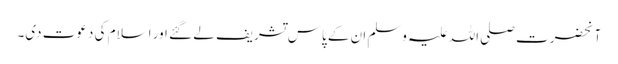
آنحضرت صلی اللہ علیہ وسلم ان کے پاس تشریف لے گئے اور اسلام کی دعوت دی۔